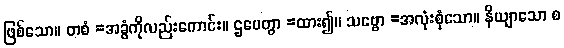
ဖြစ်သော။ တစံ =အခွံကိုလည်းကောင်း။ ဌပေတွာ =ထား၍။ သဗ္ဗော =အလုံးစုံသော။ နိယျာသော စ